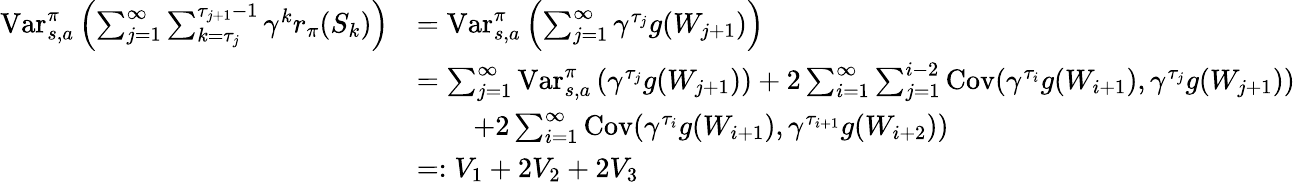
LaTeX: \begin{array}{rl}{\mathrm{Var}_{s,a}^{\pi}\left(\sum_{j=1}^{\infty}\sum_{k={\tau_{j}}}^{\tau_{j+1}-1}\gamma^{k}r_{\pi}(S_{k})\right)}&{=\mathrm{Var}_{s,a}^{\pi}\left(\sum_{j=1}^{\infty}\gamma^{\tau_{j}}g(W_{j+1})\right)}\\ &{=\sum_{j=1}^{\infty}\mathrm{Var}_{s,a}^{\pi}\left(\gamma^{\tau_{j}}g(W_{j+1})\right)+2\sum_{i=1}^{\infty}\sum_{j=1}^{i-2}\mathrm{Cov}(\gamma^{\tau_{i}}g(W_{i+1}),\gamma^{\tau_{j}}g(W_{j+1}))}\\ &{\qquad+2\sum_{i=1}^{\infty}\mathrm{Cov}(\gamma^{\tau_{i}}g(W_{i+1}),\gamma^{\tau_{i+1}}g(W_{i+2}))}\\ &{=:V_{1}+2V_{2}+2V_{3}}\end{array}